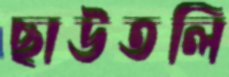
ছাউতলি